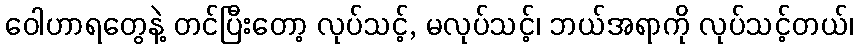
ဝေါဟာရတွေနဲ့ တင်ပြီးတော့ လုပ်သင့်, မလုပ်သင့်၊ ဘယ်အရာကို လုပ်သင့်တယ်၊